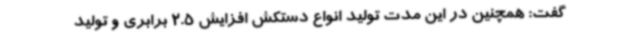
گفت: همچنین در این مدت تولید انواع دستکش افزایش 2.5 برابری و تولید